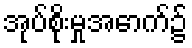
အုပ်စိုးမှုအောက်၌